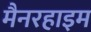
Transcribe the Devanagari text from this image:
मैनरहाइम